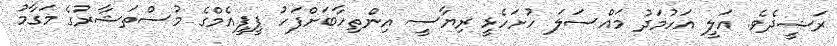
ރަޝީދެވެ. އަލީ އަހުމަދު މައްސަލަ ހުށަހެޅީ ރިޔާސީ އިންތިހާބަށްފަހު ޕީޕީއެމްގެ މުސްތަޝާރުގެ މަގާމު